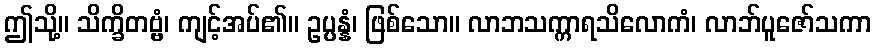
ဤသို့။ သိက္ခိတဗ္ဗံ၊ ကျင့်အပ်၏။ ဥပ္ပန္နံ၊ ဖြစ်သော။ လာဘသက္ကာရသိလောကံ၊ လာဘ်ပူဇော်သကာ